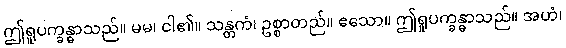
ဤရူပက္ခန္ဓာသည်။ မမ၊ ငါ၏။ သန္တကံ၊ ဥစ္စာတည်။ ဧသော။ ဤရူပက္ခန္ဓာသည်။ အဟံ၊